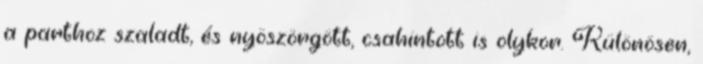
a parthoz szaladt, és nyöszörgött, csahintott is olykor. Különösen,